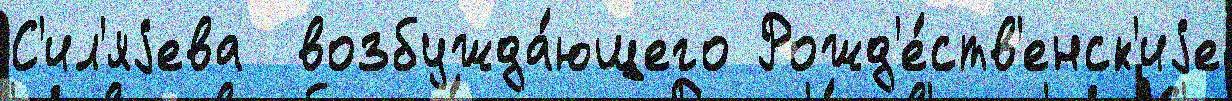
С'ил'яjева  возбужда́ющего Рожд'е́ств'енск'иjе